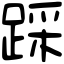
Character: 踩